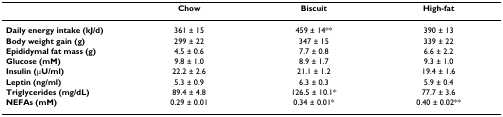
|  | Chow | Biscuit | High-fat |
 | --- | --- | --- | --- |
 | Daily energy intake (kJ/d) | 361 ± 15 | 459 ± 14** | 390 ± 13 |
 | Body weight gain (g) | 299 ± 22 | 347 ± 15 | 339 ± 22 |
 | Epididymal fat mass (g) | 4.5 ± 0.6 | 7.7 ± 0.8 | 6.6 ± 2.2 |
 | Glucose (mM) | 9.8 ± 1.0 | 8.9 ± 1.7 | 9.3 ± 1.0 |
 | Insulin (μU/ml) | 22.2 ± 2.6 | 21.1 ± 1.2 | 19.4 ± 1.6 |
 | Leptin (ng/ml) | 5.3 ± 0.9 | 6.3 ± 0.3 | 5.9 ± 0.4 |
 | Triglycerides (mg/dL) | 89.4 ± 4.8 | 126.5 ± 10.1* | 77.7 ± 3.6 |
 | NEFAs (mM) | 0.29 ± 0.01 | 0.34 ± 0.01* | 0.40 ± 0.02** |